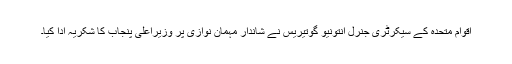
اقوام متحدہ کے سیکرٹری جنرل انتونیو گوتیریس نے شاندار مہمان نوازی پر وزیراعلیٰ پنجاب کا شکریہ ادا کیا۔